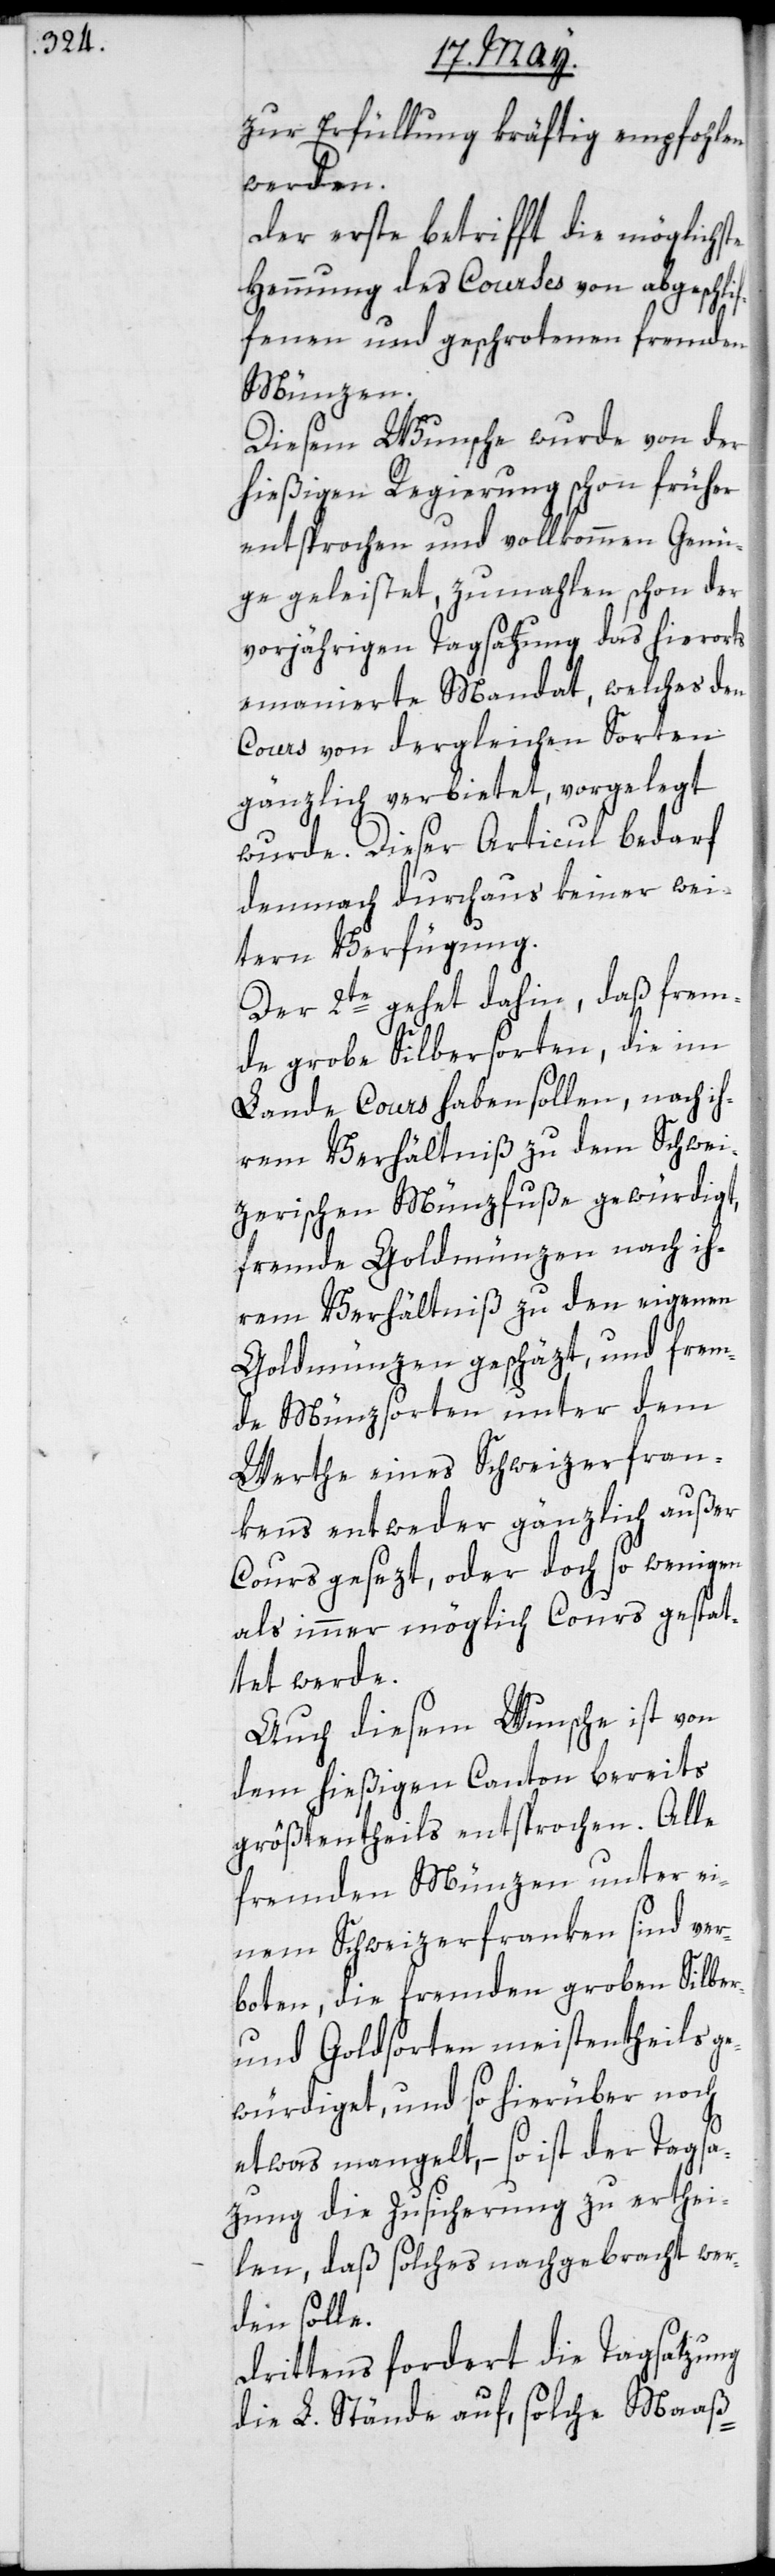
zur Erfüllung kräftig empfohlen
werden.
Der erste betrifft die möglichste
Hemmung des Courses von abgeschlif¬
fenen und geschrotenen fremden
Münzen.
Diesem Wunsche wurde von der
hießigen Regierung schon früher
entsprochen und vollkommen Genü¬
ge geleistet, zumahlen schon der
vorjährigen Tagsatzung das hierorts
emanierte Mandat, welches den
Cours von dergleichen Sorten
gänzlich verbietet, vorgelegt
wurde. Dieser Articul bedarf
demnach durchaus keiner wei¬
tern Verfügung.
Der 2te gehet dahin, daß frem¬
de grobe Silbersorten, die im
Lande Cours haben sollen, nach ih¬
rem Verhältniß zu dem Schwei¬
zerischen Münzfuße gewürdigt,
fremde Goldmünzen nach ih¬
rem Verhältniß zu den eigenen
Goldmünzen geschätzt, und frem¬
de Münzsorten unter dem
Werthe eines Schweizerfran¬
kens entweder gänzlich außer
Cours gesezt, oder doch so wenigen
als immer möglich Cours gestat¬
tet werde.
Auch diesem Wunsche ist von
dem hießigen Canton bereits
größtentheils entsprochen. Alle
fremden Münzen unter ei¬
nem Schweizerfranken sind ver¬
boten, die fremden groben Silber-
und Goldsorten meistentheils ge¬
würdiget, und so hierüber noch
etwas mangelt, – so ist der Tagsa¬
tzung die Zusicherung zu erthei¬
len, daß solches nachgebracht wer¬
den solle.
Drittens fordert die Tagsatzung
die L. Stände auf, solche Maaß-